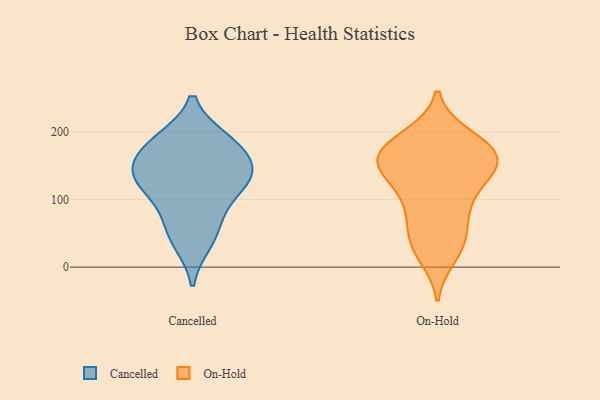
{"axis": {"x": "Inventory Turnover", "y": "Value"}, "legend": ["Cancelled", "On-Hold"], "data": [{"x": "", "y": 137, "type": "Cancelled"}, {"x": "", "y": 177, "type": "Cancelled"}, {"x": "", "y": 38, "type": "Cancelled"}, {"x": "", "y": 88, "type": "Cancelled"}, {"x": "", "y": 121, "type": "Cancelled"}, {"x": "", "y": 55, "type": "Cancelled"}, {"x": "", "y": 187, "type": "Cancelled"}, {"x": "", "y": 185, "type": "Cancelled"}, {"x": "", "y": 150, "type": "Cancelled"}, {"x": "", "y": 126, "type": "Cancelled"}, {"x": "", "y": 139, "type": "Cancelled"}, {"x": "", "y": 168, "type": "On-Hold"}, {"x": "", "y": 118, "type": "On-Hold"}, {"x": "", "y": 151, "type": "On-Hold"}, {"x": "", "y": 42, "type": "On-Hold"}, {"x": "", "y": 157, "type": "On-Hold"}, {"x": "", "y": 183, "type": "On-Hold"}, {"x": "", "y": 143, "type": "On-Hold"}, {"x": "", "y": 96, "type": "On-Hold"}, {"x": "", "y": 193, "type": "On-Hold"}, {"x": "", "y": 17, "type": "On-Hold"}, {"x": "", "y": 79, "type": "On-Hold"}, {"x": "", "y": 168, "type": "On-Hold"}, {"x": "", "y": 123, "type": "On-Hold"}, {"x": "", "y": 77, "type": "On-Hold"}, {"x": "", "y": 41, "type": "On-Hold"}, {"x": "", "y": 190, "type": "On-Hold"}, {"x": "", "y": 27, "type": "On-Hold"}, {"x": "", "y": 160, "type": "On-Hold"}, {"x": "", "y": 161, "type": "On-Hold"}, {"x": "", "y": 149, "type": "On-Hold"}]}